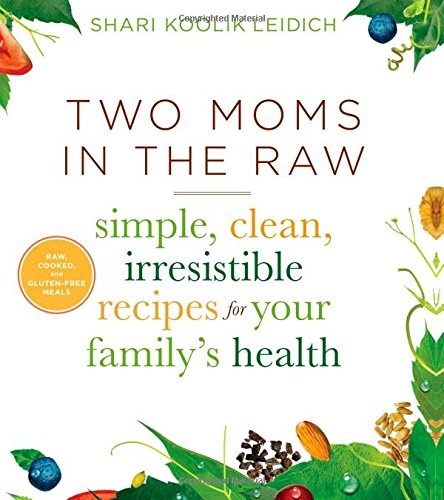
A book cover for Two Moms in the Raw: Simple, Clean, Irresistible Recipes for Your Family's Health; Shari Koolik Leidich; Cookbooks, Food & Wine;